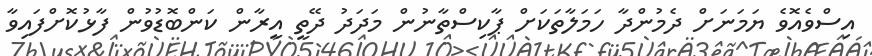
އިސްވެއޮވެ ޔަމަނަށް ދެމުންދާ ހަމަލާތަކަށް ޕާކިސްތާނުން މަދަދު ދޭތީ އީރާން ކަންބޮޑުވުން ފާޅުކޮށްފައިވާ